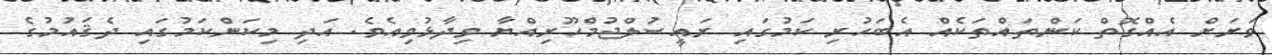
ވަރަށް އެއްގޮތް ކަންތައްތަކެއް އެބަހުރި ކަމުގައި ރައީސުލްޖުމްހޫރިއްޔާ ވިދާޅުވިއެވެ. އަދި މިކަންކަމުގައި ދެޤައުމުގެ